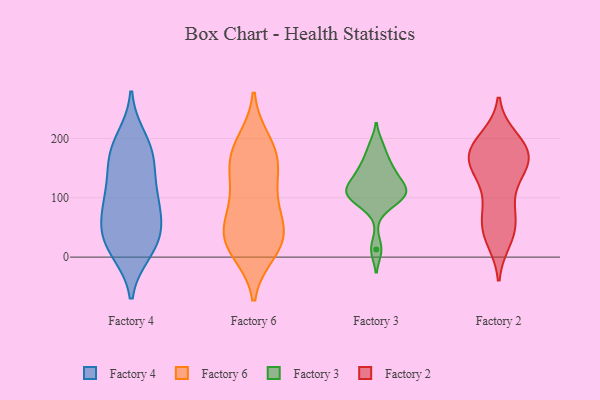
{"axis": {"x": "Backlog", "y": "Value"}, "legend": ["Factory 2", "Factory 3", "Factory 4", "Factory 6"], "data": [{"x": "", "y": 162, "type": "Factory 4"}, {"x": "", "y": 147, "type": "Factory 4"}, {"x": "", "y": 77, "type": "Factory 4"}, {"x": "", "y": 105, "type": "Factory 4"}, {"x": "", "y": 61, "type": "Factory 4"}, {"x": "", "y": 96, "type": "Factory 4"}, {"x": "", "y": 183, "type": "Factory 4"}, {"x": "", "y": 35, "type": "Factory 4"}, {"x": "", "y": 29, "type": "Factory 4"}, {"x": "", "y": 39, "type": "Factory 4"}, {"x": "", "y": 10, "type": "Factory 4"}, {"x": "", "y": 101, "type": "Factory 4"}, {"x": "", "y": 199, "type": "Factory 4"}, {"x": "", "y": 175, "type": "Factory 4"}, {"x": "", "y": 13, "type": "Factory 4"}, {"x": "", "y": 17, "type": "Factory 6"}, {"x": "", "y": 10, "type": "Factory 6"}, {"x": "", "y": 102, "type": "Factory 6"}, {"x": "", "y": 32, "type": "Factory 6"}, {"x": "", "y": 33, "type": "Factory 6"}, {"x": "", "y": 32, "type": "Factory 6"}, {"x": "", "y": 110, "type": "Factory 6"}, {"x": "", "y": 150, "type": "Factory 6"}, {"x": "", "y": 159, "type": "Factory 6"}, {"x": "", "y": 194, "type": "Factory 6"}, {"x": "", "y": 54, "type": "Factory 6"}, {"x": "", "y": 166, "type": "Factory 6"}, {"x": "", "y": 182, "type": "Factory 6"}, {"x": "", "y": 68, "type": "Factory 6"}, {"x": "", "y": 161, "type": "Factory 3"}, {"x": "", "y": 137, "type": "Factory 3"}, {"x": "", "y": 119, "type": "Factory 3"}, {"x": "", "y": 13, "type": "Factory 3"}, {"x": "", "y": 115, "type": "Factory 3"}, {"x": "", "y": 87, "type": "Factory 3"}, {"x": "", "y": 108, "type": "Factory 3"}, {"x": "", "y": 103, "type": "Factory 3"}, {"x": "", "y": 145, "type": "Factory 3"}, {"x": "", "y": 187, "type": "Factory 3"}, {"x": "", "y": 103, "type": "Factory 3"}, {"x": "", "y": 127, "type": "Factory 2"}, {"x": "", "y": 76, "type": "Factory 2"}, {"x": "", "y": 152, "type": "Factory 2"}, {"x": "", "y": 29, "type": "Factory 2"}, {"x": "", "y": 75, "type": "Factory 2"}, {"x": "", "y": 181, "type": "Factory 2"}, {"x": "", "y": 198, "type": "Factory 2"}, {"x": "", "y": 176, "type": "Factory 2"}, {"x": "", "y": 38, "type": "Factory 2"}, {"x": "", "y": 173, "type": "Factory 2"}, {"x": "", "y": 82, "type": "Factory 2"}, {"x": "", "y": 180, "type": "Factory 2"}, {"x": "", "y": 180, "type": "Factory 2"}, {"x": "", "y": 44, "type": "Factory 2"}, {"x": "", "y": 165, "type": "Factory 2"}, {"x": "", "y": 135, "type": "Factory 2"}, {"x": "", "y": 159, "type": "Factory 2"}, {"x": "", "y": 42, "type": "Factory 2"}, {"x": "", "y": 200, "type": "Factory 2"}, {"x": "", "y": 149, "type": "Factory 2"}]}